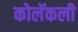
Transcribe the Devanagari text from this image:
कोलॅकली